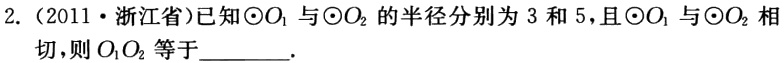
2.（2011·浙江省）已知\(\odot O_{1}\)与\(\odot O_{2}\)的半径分别为 3 和 5，且\(\odot O_{1}\)与\(\odot O_{2}\)相切，则\(O_{1}O_{2}\)等于________.